Vital statistics of India. Vol. IV, Annual returns from 1871 to 1876. British Army of India, Native Army and jails of Bengal
Year: 1871
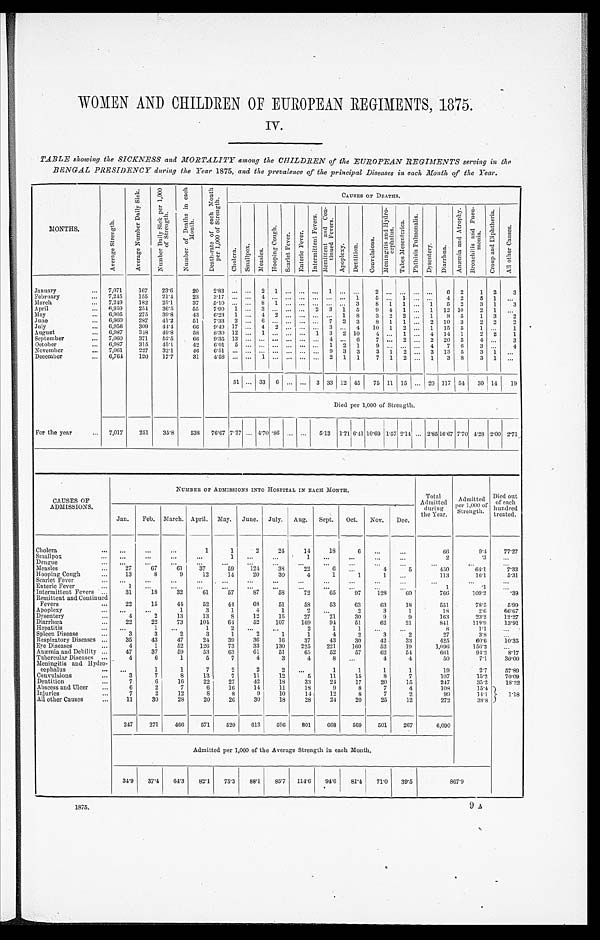
1875.
9A
WOMEN AND CHILDREN OF EUROPEAN REGIMENTS, 1875,
TABLE showing the SICKNESS and MORTALITY among the CHILDREN of the EUROPEAN REGIMENTS serving in the
BENGAL PRESIDENCY during the Year 1875, and the prevalence of the principal Diseases in each Month of the Year.
MONTHS.
A v e r a g e s t r e n g t h .
A v e r a g e N u m b e r D a i l y S i c k .
N u m b e r D a i l y S i c k p e r 1 , 0 0 0 o f S t r e n g t h .
N u m b e r o f D e a t h s i n e a c h M o n t h .
D e a t h - r a t e o f e a c h M o n t h p e r 1 , 0 0 0 o f S t r e n g t h .
CAUSES OF DEATHS.
C h o l c r n . S m a l l p o x M e a s l e s .
H o o p i n g C o u g h .
S c a r l e t f e v e r . E n t r i c F e v e r .
I n t e r m i t t e n t F e v e r . R e m i t t e n t a n d C o n t i n u e d f e v e r s .
A p o p l e x y . D e n t i t i o n . C o n v u l s i o n u s .
M e n i n g i t i s a n d H y d r o c e p h a l u s .
T a b e s M e s c n t o r i c a .
P h t h i s i s P u l m o n a l i s .
D y s e n t e r y . D i a r r h œ a .
A n œ m i a a n d A t r o p h y . B r o n c h i t i s a n d P n e u - m o n i a .
C r o o u p a n d d i p h t h e r i a .
A l l o t h e r C a u s e s .
January
. . . 7,071
167
23.6
20
2.83 ... ... 2 1 ... ... ... 1
. . .
. . . 2
. . . . . . . . . . . . 6
2
1 2
3
February
... 7,245
155 21.4
2 3
3 . 1 7 . . . . . . 4 . . . . . . . . . . . . . . . . . . . . .
1 5 1 . . . . . .
4 2 5 1 ...
March
... 7,249 182
25.1
3 7
5 . 1 0 . . . . . . 8 1 . . . . . . . . . . . . . . . 3 8 1 1 ... 1 5 2
3 1
3
April
... 6,959
254
36.5
55
7.90 1 ... 3 ... ... ... 2 3 1 5
9
4 1
. . . 1 12 10
2 1
. . .
May
... 6,905
275 39.8
43
6.23 1 ... 4 2 ... ... ... ... 1 8
3 2 2 ... 1 8 5
1 3
2
June
6,960
287 41.2
51
7.33 2 ...
9 ... ... ...
. . . 7 2 3
8 1 1 ... 2 10 3
2 2
2
July
... 6,956
309 44.4
66
9.49 17 ... 4 2 ... ... ... 3
. . . 4 10 1 2 ... 1 15 5
1 ...
1
August
... 6,987 348 49.8
58
8.30 12 ... 1 ...
. . . ... 1 3 2 10
4 ... 1 ... 4 14 1
2
2 1
September
7,060 371
52.5
66 9.35 13
. . .
...
. . . . . . . . . . . . 4 ... 6
7 ... 2 ... 2 20 5
4 . . . 3
October
... 6,987
315 45.1
42 6.01 5 ... ... ... ... ... ... 1 2 1
9 ... ... ... 4 7 6
3 . . . 4
November
... 7,061
227 32.1
4 6
6 . 5 1 . . . . . . . . . . . . . . . . . . ... 9 3 3
3 1 2 ... 3 13 5
3 1 ...
December
6,764
120 17.7
31
4.58 ... ... 1 ... ... ... ... 2 1 1
7 1 2 ... 1 3 8
3 1 ...
51 ... 33 6 ... ... 3 33 12
4 5 75 11 15
. . . 20 117 54 I30 14 19
Died per 1,000 of Strength.
.
For the year
... 7,017
251
358
538 76.67 7.27 ...
4 . 7 0 . 8 6 . . . ... 5 . 1 3
5.13 1.71 6.41 10.69 1.57 2.14 ...
2 . 8 5
1 6 . 6 7 7.70 4.28 2.00 2.71
CAUSES OF
ADMISSIONS.
NUMBER OF ADMISSIONS INTO HOSPITAL IN EACH MONTH.
Total
Admitted
during
the Year.
Admi
t t e d p e r 1 , 0 0 0 o f S t r e n g t h .
Died out
of each
hundred
treated.
Jan. Feb. March. April. May. June. July. Aug. Sept. Oct. Nov. Dee.
Cholera
... ...
...
...
1
1
2
24
14
18
6 ...
...
66
9.4
77.27
Smallpox
. . .
. . . ...
...
1
. . .
. . .
1
. . .
. . .
. . .
. . .
2
. 3 ...
Dengue
...
...
...
. . . ....
...
...
...
...
...
...
...
...
. . .
. . .
Measles
...
27
67
61
37
59
12
38
22
6
. . .
4
5
450
64.1
7.33
Hooping Cough
...
13
8
9
12
14
20
30
4
1
1
1
. . .
113
16.1
5.31
Scarlet Fever
... ...
...
...
...
...
. . .
...
...
...
...
..
. . .
. . . ...
...
Enteric Fever
...
1
. . .
. . . ...
. . . ...
...
...
...
...
...
...
1
. 1 ...
Intermittent Fevers ...
31
18
32
61
57
87
58
72
65
97
128
60
766
109.2
. 3 9
Remittent and Continued
Fevers
...
22
15
44
52
4 4
6 8
51
58
53
63
63
18
551
78.5
5 . 9 9
Apoplexy
... ...
...
1
3
1.
4
1
2
. . .
2
3
1
18
2.6
66.67
Dysentery ...
4
2
13
13
8
12
15
27
21
30
9
9
163
23.2
12.27
Diarrhœa
...
22
22
73
104
64
52
107
169
9 4
51
62
21
841
119.9
13.91
Hepatitis
... ...
1 ...
1
2
. . . ...
2
1
1 ...
...
8
1.1
. . .
Spleen Disease
...
3
3
2
3
1
2
1
1
4
2
3
2
27
3.8
Respiratory Diseases ...
35
43
47
24
39
36
16
37
43
30
42
33
425
60.6
10.35
Eye Diseases ...
4
1
52
126
73
33
130
225
221
160
52
19
1,096
156.2
. . .
Anæmia and Debility ...
47
37
59
53
63
61
51
65
52
57
62
54
661
94.2
8.17
Tubercular Diseases ...
4
6
1
5
7
4
3
4
8 ...
4
4
50
7.1
30.00
Meningitis and Hydro-
cephalus
... ...
1
1
7
2
2
2
. . .
1
1
1
1
19
2.7
57.89
Convulsions
...
3
7
8
13
7
11
12
5
11
15
8
7
107
15.2
70.09
Dentition
...
7
6
16
22
27
42
18
33
24
17
20
15
247
35.2
18.22
Abscess and Ulcer
...
6
2
7
6
16
14
11
18
9
8
7
4
108
15.4
1 . 1 8
Injuries
...
7
2
12
8
8
9
10
14
12
8
7
2
99
14.1
All other Causes
...
11
30
28
20
26
30
18
28
24
20
25
12
272
38.8
247
271
466
571
520
613
596
801
668
569
501
267
6,090
Admitted per 1,000 of the Average Strength in each Month.
34.9
37.4 64.3 82.1 75.3 88.1 85.7 114.6 94.6
81 . 4 71.0 39.5
867.9